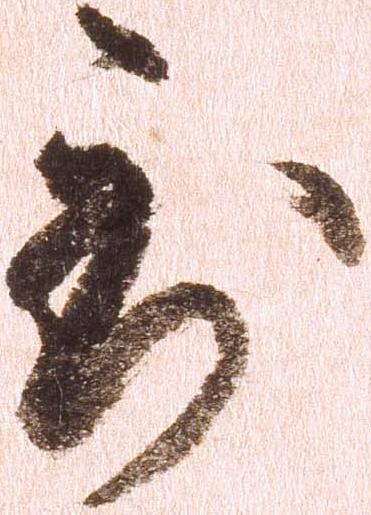
到